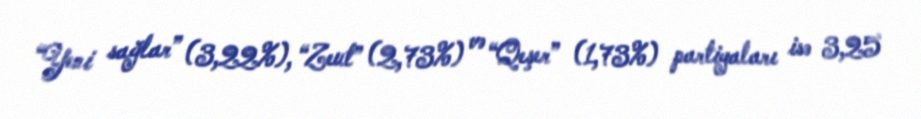
“Yeni sağlar” (3,22%), “Zeut” (2,73%) və “Qeşer” (1,73%) partiyaları isə 3,25